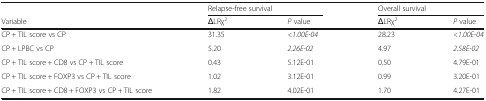
<table><thead><tr><td></td><td colspan="2"><b>Relapse-free survival</b></td><td colspan="2"><b>Overall survival</b></td></tr><tr><td><b>Variable</b></td><td><b>ΔLRχ<sup>2</sup></b></td><td><b><i>P</i> value</b></td><td><b>ΔLRχ<sup>2</sup></b></td><td><b><i>P</i> value</b></td></tr></thead><tbody><tr><td>CP + TIL score vs CP</td><td>31.35</td><td><i>&lt;1.00E-04</i></td><td>28.23</td><td><i>&lt;1.00E-04</i></td></tr><tr><td>CP + LPBC vs CP</td><td>5.20</td><td><i>2.26E-02</i></td><td>4.97</td><td><i>2.58E-02</i></td></tr><tr><td>CP + TIL score + CD8 vs CP + TIL score</td><td>0.43</td><td>5.12E-01</td><td>0.50</td><td>4.79E-01</td></tr><tr><td>CP + TIL score + FOXP3 vs CP + TIL score</td><td>1.02</td><td>3.12E-01</td><td>0.99</td><td>3.20E-01</td></tr><tr><td>CP + TIL score + CD8 + FOXP3 vs CP + TIL score</td><td>1.82</td><td>4.02E-01</td><td>1.70</td><td>4.27E-01</td></tr></tbody></table>